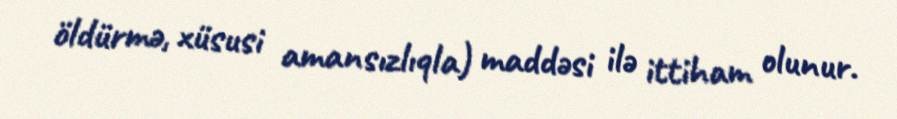
öldürmə, xüsusi amansızlıqla) maddəsi ilə ittiham olunur.